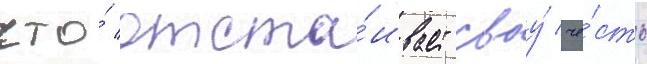
что́ отста́ивает своу́ че́сть